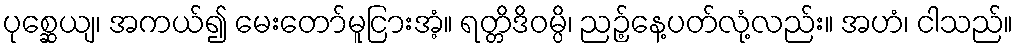
ပုစ္ဆေယျ၊ အကယ်၍ မေးတော်မူငြားအံ့။ ရတ္တိဒိဝမ္ပိ၊ ညဉ့်နေ့ပတ်လုံ့လည်း။ အဟံ၊ ငါသည်။